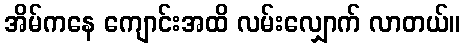
အိမ်ကနေ ကျောင်းအထိ လမ်းလျှောက် လာတယ်။